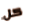
كل